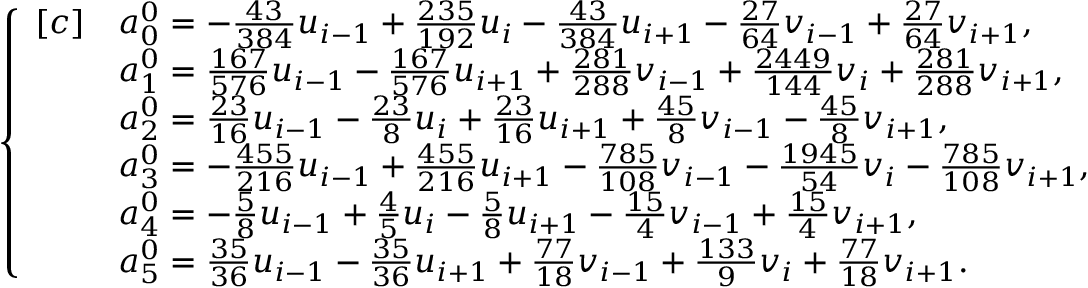
\begin{array} { r } { \left\{ \begin{array} { r l } { [ c ] } & { a _ { 0 } ^ { 0 } = - \frac { 4 3 } { 3 8 4 } u _ { i - 1 } + \frac { 2 3 5 } { 1 9 2 } u _ { i } - \frac { 4 3 } { 3 8 4 } u _ { i + 1 } - \frac { 2 7 } { 6 4 } v _ { i - 1 } + \frac { 2 7 } { 6 4 } v _ { i + 1 } , } \\ & { a _ { 1 } ^ { 0 } = \frac { 1 6 7 } { 5 7 6 } u _ { i - 1 } - \frac { 1 6 7 } { 5 7 6 } u _ { i + 1 } + \frac { 2 8 1 } { 2 8 8 } v _ { i - 1 } + \frac { 2 4 4 9 } { 1 4 4 } v _ { i } + \frac { 2 8 1 } { 2 8 8 } v _ { i + 1 } , } \\ & { a _ { 2 } ^ { 0 } = \frac { 2 3 } { 1 6 } u _ { i - 1 } - \frac { 2 3 } { 8 } u _ { i } + \frac { 2 3 } { 1 6 } u _ { i + 1 } + \frac { 4 5 } { 8 } v _ { i - 1 } - \frac { 4 5 } { 8 } v _ { i + 1 } , } \\ & { a _ { 3 } ^ { 0 } = - \frac { 4 5 5 } { 2 1 6 } u _ { i - 1 } + \frac { 4 5 5 } { 2 1 6 } u _ { i + 1 } - \frac { 7 8 5 } { 1 0 8 } v _ { i - 1 } - \frac { 1 9 4 5 } { 5 4 } v _ { i } - \frac { 7 8 5 } { 1 0 8 } v _ { i + 1 } , } \\ & { a _ { 4 } ^ { 0 } = - \frac { 5 } { 8 } u _ { i - 1 } + \frac { 4 } { 5 } u _ { i } - \frac { 5 } { 8 } u _ { i + 1 } - \frac { 1 5 } { 4 } v _ { i - 1 } + \frac { 1 5 } { 4 } v _ { i + 1 } , } \\ & { a _ { 5 } ^ { 0 } = \frac { 3 5 } { 3 6 } u _ { i - 1 } - \frac { 3 5 } { 3 6 } u _ { i + 1 } + \frac { 7 7 } { 1 8 } v _ { i - 1 } + \frac { 1 3 3 } { 9 } v _ { i } + \frac { 7 7 } { 1 8 } v _ { i + 1 } . } \end{array} \right. } \end{array}